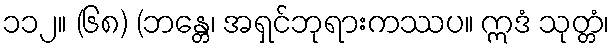
၁၁၂။ (၆၈) (ဘန္တေ၊ အရှင်ဘုရားကဿပ။ ဣဒံ သုတ္တံ၊